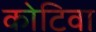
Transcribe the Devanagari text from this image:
कोटिवा